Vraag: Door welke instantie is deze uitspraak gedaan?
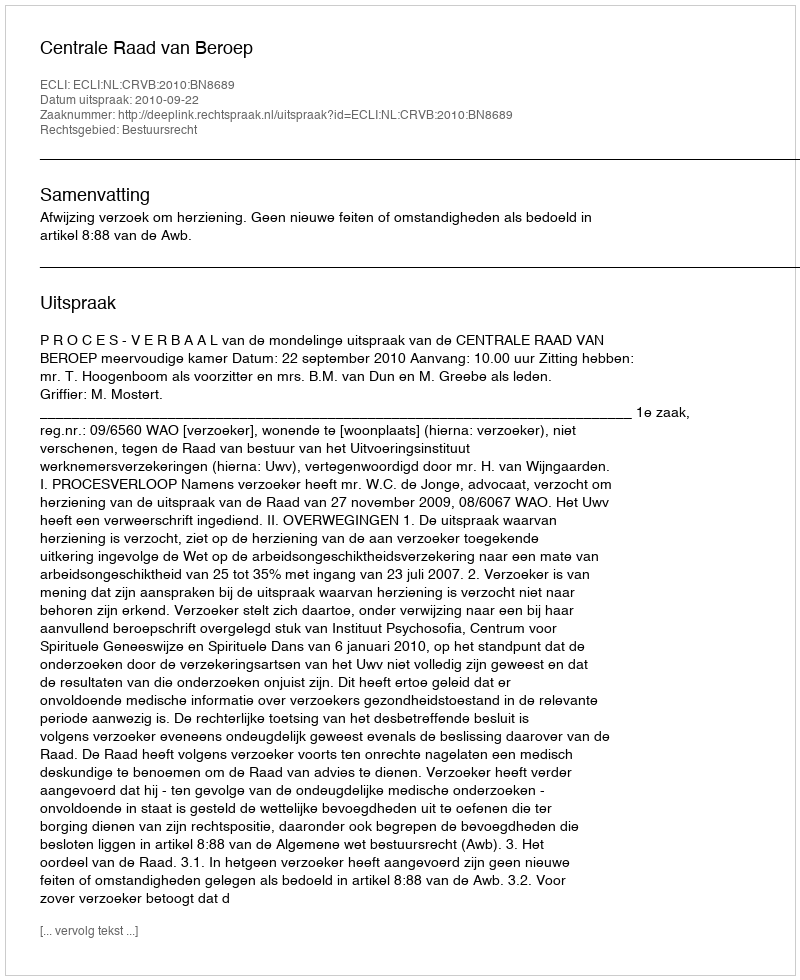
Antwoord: Centrale Raad van Beroep